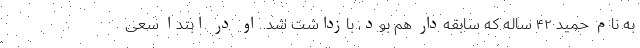
به نام حمید ۴۲ ساله که سابقه‌دار هم بود، بازداشت شد. او در ابتدا سعی